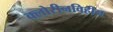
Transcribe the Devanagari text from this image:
क्लोरीनविहीन